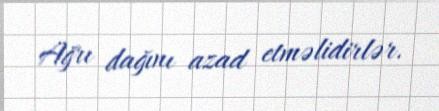
Ağrı dağını azad etməlidirlər.